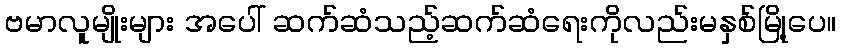
ဗမာလူမျိုးများ အပေါ် ဆက်ဆံသည့်ဆက်ဆံရေးကိုလည်းမနှစ်မြို့ပေ။